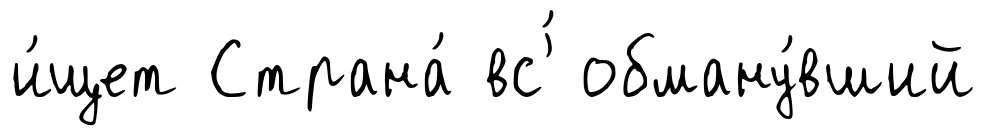
и́щет Страна́ вс'́ обману́вший